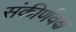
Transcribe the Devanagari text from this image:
संकीर्णवक्ष